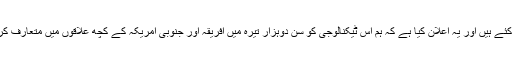
ہم نے بہت سے ٹیسٹ کئے ہیں اور یہ اعلان کیا ہے کہ ہم اس ٹیکنالوجی کو سن دوہزار تیرہ میں افریقہ اور جنوبی امریکہ کے کچھ علاقوں میں متعارف کرانا شروع کر دیں گے۔